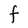
Character: F